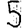
Digit: 5